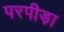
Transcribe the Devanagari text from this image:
परपीड़ा